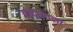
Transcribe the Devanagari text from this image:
वरदानाला